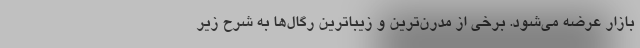
بازار عرضه می‌شود. برخی از مدرن‌ترین و زیباترین رگال‌ها به شرح زیر